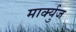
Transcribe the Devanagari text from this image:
मार्क्युज